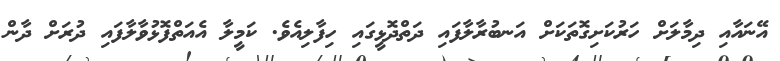
އޭނައާއި ދިމާލަށް ހަރުކަށިގޮތަކަށް އަނބުރާލާފައި ދަތްދޮޅީގައި ހިފާލިއެވެ. ކަމީލާ އެއަތްފޮޅުވާލާފައި ދުރަށް ދާން